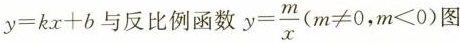
$$y = k x + b$$与反比例函数$$y = \frac { m } { x }$$ ($$m ≠ 0 , m < 0$$) 图